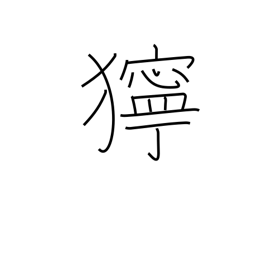
Meaning: bad